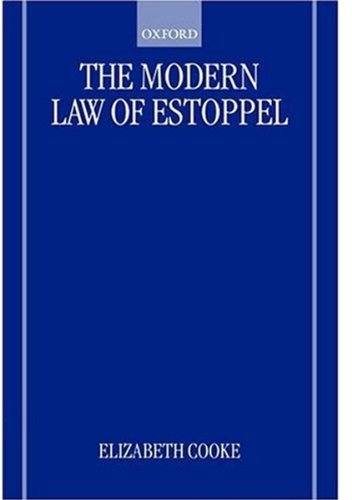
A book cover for The Modern Law of Estoppel; Elizabeth Cooke; Law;